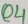
Text: Q4